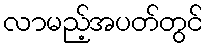
လာမည့်အပတ်တွင်